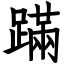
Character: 蹣